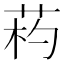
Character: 𦯪